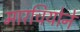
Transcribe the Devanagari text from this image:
मारचियोने